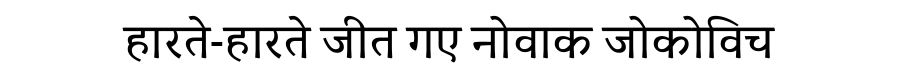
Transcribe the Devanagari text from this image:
हारते-हारते जीत गए नोवाक जोकोविच